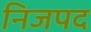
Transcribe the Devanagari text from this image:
निजपद